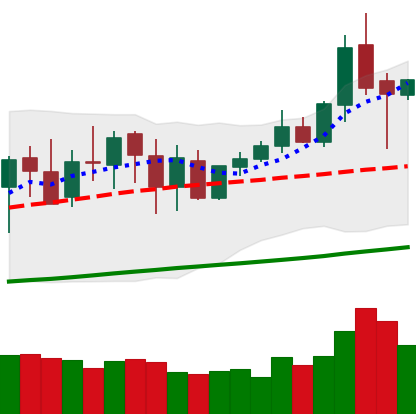
Ticker: XMR-USD
Chart end date: 2020-10-03
Forward return: 6.996%
Label: up_5_7